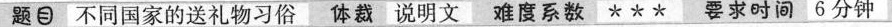
题目 不同国家的送礼物习俗 体裁 说明文 难度系数* * * 要求时间 6分钟